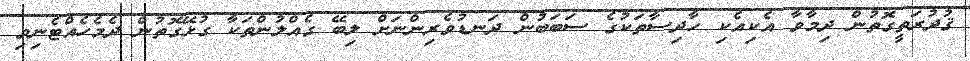
ޤުދުރަތީގޮތުން ދިމާވާ އެކިއެކި ހާދިސާތަކުގެ ސަބަބުން ދަނޑުވެރިންނަށް ލިބޭ ގެއްލުންތަކާ ގުޅޭގޮތުން ދެމެހެއްޓެނިވި